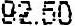
92.50